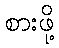
စားဖို့